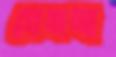
যেমনা